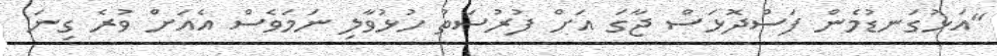
"އަޅުގަނޑުމެން ފަސްދޮޅަސް ޖާގަ އަށް ފުރުސަތު ހުޅުވާލި ނަމަވެސް އެއަށް ވުރެ ގިނަ